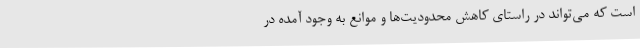
است که می‌تواند در راستای کاهش محدودیت‌ها و موانع به وجود آمده در